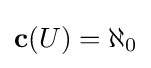
\mathbf {c} (U)=\aleph _{0}